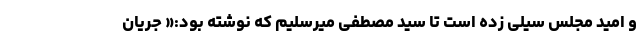
و امید مجلس سیلی زده است تا سید مصطفی میرسلیم که نوشته بود:« جریان